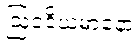
ဩဝဒိယမာနော